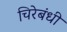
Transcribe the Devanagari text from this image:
चिरेबंधी